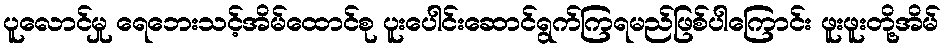
ပူလောင်မှု ရေဘေးသင့်အိမ်ထောင်စု ပူးပေါင်းဆောင်ရွက်ကြရမည်ဖြစ်ပါကြောင်း ဖူးဖူးတို့အိမ်